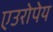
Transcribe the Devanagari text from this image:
एउरोपेय